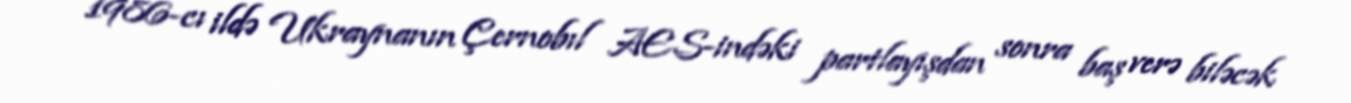
1986-cı ildə Ukraynanın Çernobıl AES-indəki partlayışdan sonra baş verə biləcək